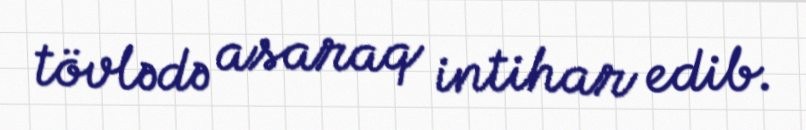
tövlədə asaraq intihar edib.